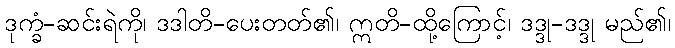
ဒုက္ခံ-ဆင်းရဲကို၊ ဒဒါတိ-ပေးတတ်၏၊ ဣတိ-ထို့ကြောင့်၊ ဒဒ္ဒု-ဒဒ္ဒု မည်၏၊